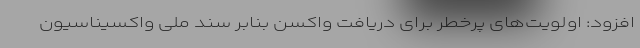
افزود: اولویت‌های پرخطر برای دریافت واکسن بنابر سند ملی واکسیناسیون